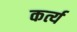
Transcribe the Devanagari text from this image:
कर्त्य